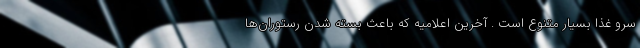
سرو غذا بسیار متنوع است . آخرین اعلامیه که باعث بسته شدن رستوران‌ها